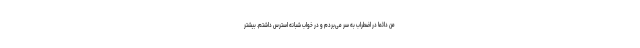
من دائما در اضطراب به سر می‌بردم و در خواب شبانه استرس داشتم. بیشتر